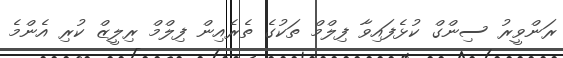
ރަންވީރު ސިންގް ކުޅެފައިވާ ފިލްމް ތަކުގެ ތެރެއިން ފިލްމް ރިލީޒް ކުރި އެންމެ